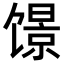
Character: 𬳑